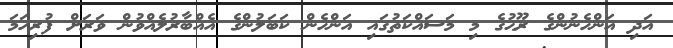
އަދި އަންހެނުންގެ ރޫޙުގެ މި މަސައްކަތުގައި އަންހެން ކަބަލުންގެ އެއްބާރުލެއްވުން ވަރަށް ފުރިހަމަ